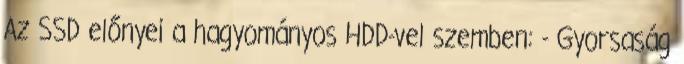
Az SSD előnyei a hagyományos HDD-vel szemben: - Gyorsaság